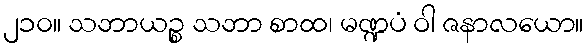
၂၁၀။ သဘာယဉ္စ သဘာ စာထ၊ မဏ္ဍပံ ဝါ ဇနာလယော။